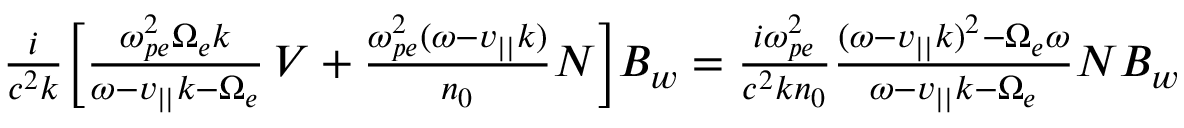
\begin{array} { r } { \frac { i } { c ^ { 2 } k } \bigg [ \frac { \omega _ { p e } ^ { 2 } \Omega _ { e } k } { \omega - v _ { | | } k - \Omega _ { e } } \, V + \frac { \omega _ { p e } ^ { 2 } ( \omega - v _ { | | } k ) } { n _ { 0 } } N \bigg ] B _ { w } = \frac { i \omega _ { p e } ^ { 2 } } { c ^ { 2 } k n _ { 0 } } \frac { ( \omega - v _ { | | } k ) ^ { 2 } - \Omega _ { e } \omega } { \omega - v _ { | | } k - \Omega _ { e } } N B _ { w } } \end{array}